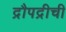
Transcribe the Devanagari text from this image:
द्रौपद्रीची